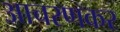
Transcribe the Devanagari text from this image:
आचरणकर